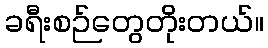
ခရီးစဉ်တွေတိုးတယ်။